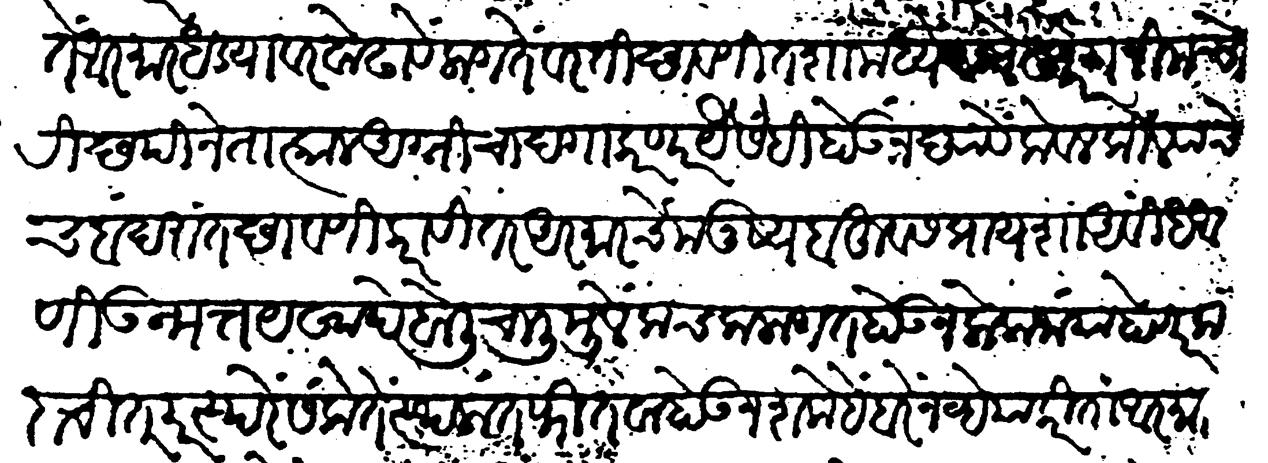
Transliteration (Devanagari): तें आरमार धड्यावर वोढावें लागते वरती छावणी तशामध्ये दगेखोर गनीम चोरी छपीने तात्काळ अग्नीचा दगा करणार यैसेंही होऊ न द्यावें केवळ किल्ल्याचेच बंदरांत छावणी करावी तर आरमारचें मनुष्य बहुवस प्रायशा अविंध आणी उन्मत यखादे बोलीचालीमुळें कचकलागत होऊन लोक जाया होणार कदाचित परस्परें संकेते स्थळांत फितवा होऊ न शके हैं बरें नव्हे या करितां आरमार